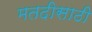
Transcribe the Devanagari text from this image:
मतदीसाठी